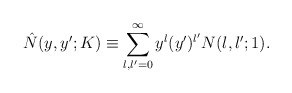
\begin{align*}\hat{N}(y,y';K)\equiv \sum_{l,l'=0}^\infty y^l(y')^{l'}N(l,l';1).\end{align*}